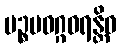
ပဉ္စမဝဂ္ဂဝရန္တိဓ